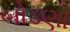
બોડણો